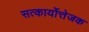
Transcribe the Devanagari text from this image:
सत्कार्योत्तेजक